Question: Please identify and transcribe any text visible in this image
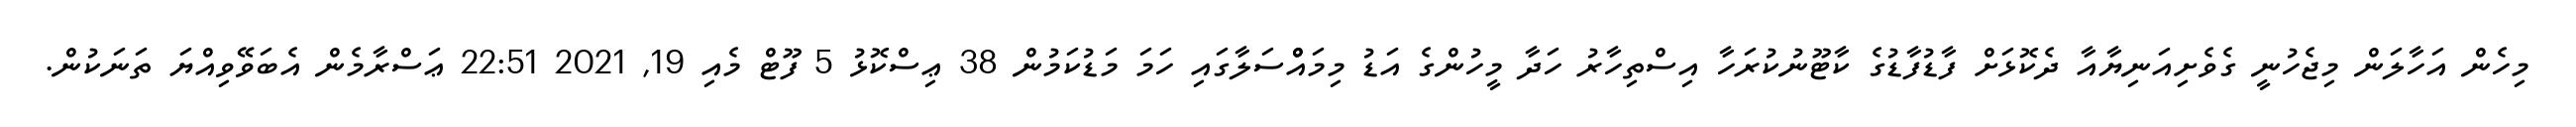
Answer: މިހެން އަހާލަން މިޖެހުނީ ގެވެށިއަނިޔާއާ ދެކޮޅަށް ފާޑުފާޑުގެ ކާޓޫނުކުރަހާ އިސްތިހާރު ހަދާ މީހުންގެ އަޑު މިމައްްސަލާގައި ހަމަ މަޑުކަމުން 38 ޢިސްކޮޅު 5 ފޫޓް މެއި 19, 2021 22:51 ޢަސްރާމެން އެބަވޭވިއްޔަ ތަނަކުން.